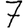
Digit: 7